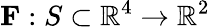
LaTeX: \mathbf{F}:S\subset\mathbb{R}^{4}\to\mathbb{R}^{2}